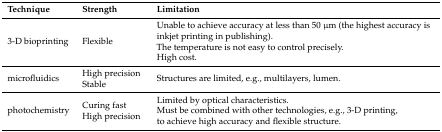
<table><thead><tr><td><b>Technique</b></td><td><b>Strength</b></td><td><b>Limitation</b></td></tr></thead><tbody><tr><td>3-D bioprinting</td><td>Flexible</td><td>Unable to achieve accuracy at less than 50 μm (the highest accuracy is inkjet printing in publishing).The temperature is not easy to control precisely.High cost.</td></tr><tr><td>microfluidics</td><td>High precisionStable</td><td>Structures are limited, e.g., multilayers, lumen.</td></tr><tr><td>photochemistry</td><td>Curing fastHigh precision</td><td>Limited by optical characteristics.Must be combined with other technologies, e.g., 3-D printing, to achieve high accuracy and flexible structure.</td></tr></tbody></table>